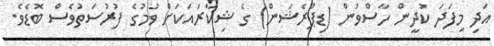
އަދި މިފަދަ ކުދީން ހާސްވުން (ޑިޕްރެޝަން) ގެ ޝިކާރައަކަށް ވުމުގެ ފުރުސަތުވެސް ބޮޑެވެ.